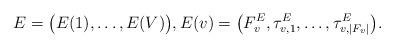
LaTeX: \begin{align*} E = \big(E(1),\dots, E(V)\big), E(v) = \big(F^E_v, \tau^E_{v,1}, \dots, \tau^E_{v, |F_v| }\big). \end{align*}